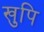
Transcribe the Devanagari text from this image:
खुपि